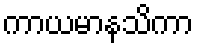
ကာယမာနသိကာ